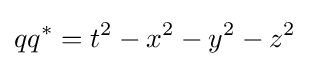
qq^{*}=t^{2}-x^{2}-y^{2}-z^{2}